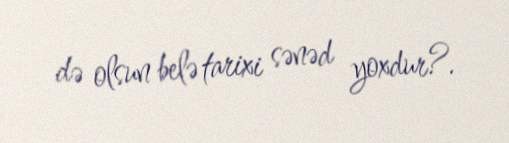
də olsun belə tarixi sənəd yoxdur?.